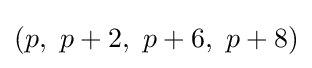
(p,\ p+2,\ p+6,\ p+8)